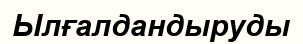
Ылғалдандыруды